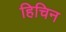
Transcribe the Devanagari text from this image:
हिचिन